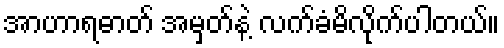
အာဟာရဓာတ် အမှတ်နဲ့ လက်ခံမိလိုက်ပါတယ်။